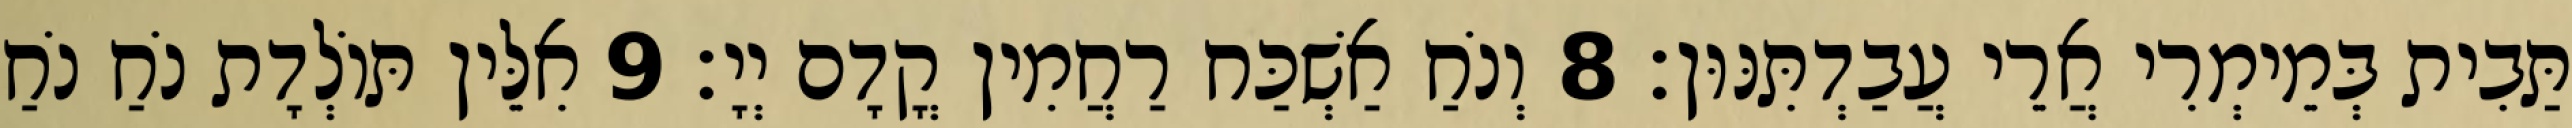
תַּבִית בְּמֵימְרִי אֲרֵי עֲבַדְתִּנּוּן׃ 8 וְנֹחַ אַשְׁכַּח רַחֲמִין קֳדָם יְיָ׃ 9 אִלֵּין תּוֹלְדָת נֹחַ נֹחַ